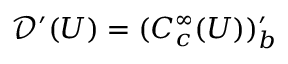
{ \mathcal { D } } ^ { \prime } ( U ) = ( C _ { c } ^ { \infty } ( U ) ) _ { b } ^ { \prime }